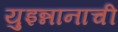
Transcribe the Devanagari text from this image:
युइन्नानाची